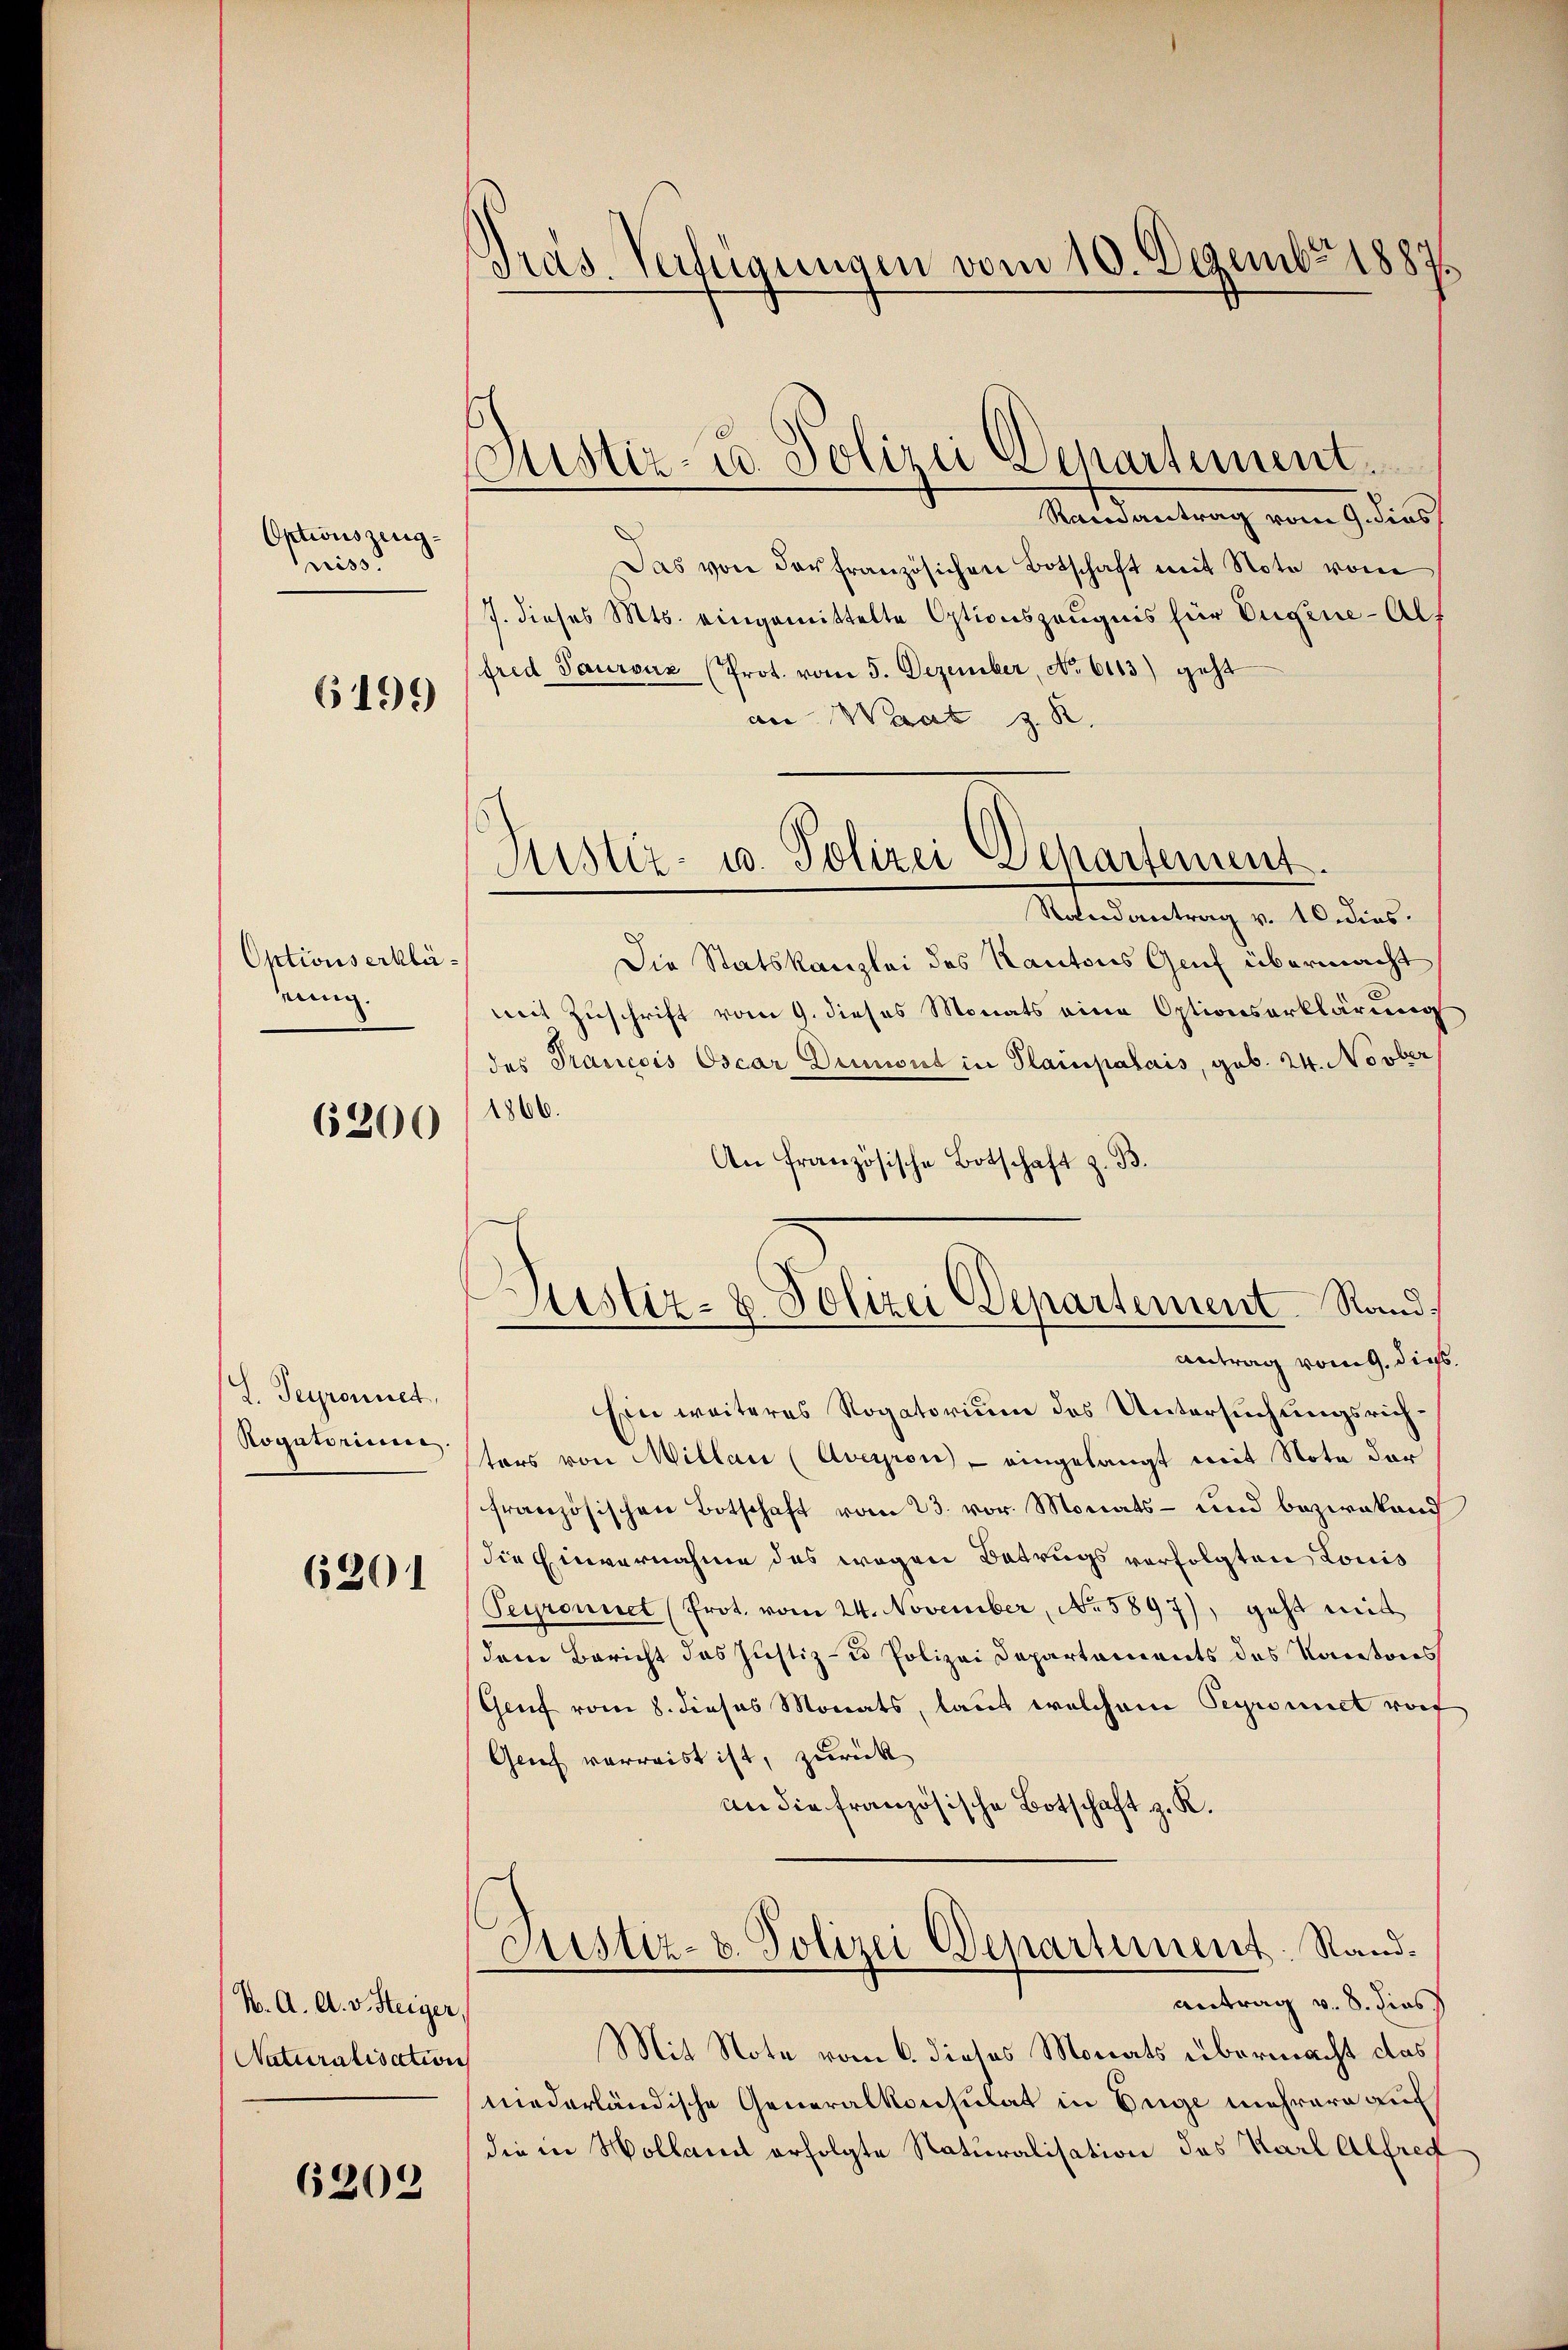
Optionszeugniss

6499

Optionserkläeung.

6200

ch
L. Terronnet,
Rogatorium.

6201

K. A. A. v. Steiger,
Naturalisation

6203

Präs. Verfügungen vom 10. Dezember 1887.

Justiz- u. Polizei Departement
Ramantrag vom 9. dies

Das von der französichen Botschaft mit Note vom
7. dieses Mts. eingemittelte Optionszeugnis für Eugene-Alt
fred Paurenz (Prot. vom 5. Dezember, No. 6113) geht
an Waat z. R.
Die Statskanzlei des Kantons Gruf übermacht
mit Zuschrift vom 9. dieses Monats eine Optionserklärung
des Prancois Oscar Dumont in Plainpalais, geb. 24. Novber
1866.
An französische Botschaft z. B.
Justiz- & Polizei Departement Rand¬
Antrag vom 9. dies
Eine weiteres Rogatorium des Untersuchungsrichters von Millau (Aversion) - eingelangt mit Note der
französischen Botschaft vom 23. vor. Monats- und bezwakand
die Einvernahme des wegen Betrugs verfolgten Louis
Perronnet (Prot. vom 24. November, No 5897), geht mit
dem Bericht das Justiz- & Polizei Departements des Kantons
Gruf vom 8. dieses Monats, laut welchem Sepromit rot
Genf verreist ist, zurück
an die französische Botschaft z. K.
Justiz- & Polizei Departement. Rand¬
Antrag v. 8. dies
Mit Note vom 6. dieses Monats übermacht das
niederländische Generalkonsulat in Enge mehrere auf
die in Hollamt erfolgte Naturalisation des Karl Alfred

Justiz- u. Polizei Departement.
Randantrag v. 10. dies